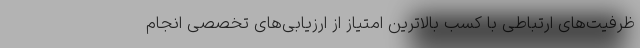
ظرفیت‌های ارتباطی با کسب بالاترین امتیاز از ارزیابی‌های تخصصی انجام